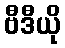
ဗီဒီယို